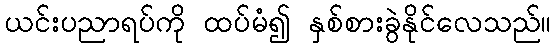
ယင်းပညာရပ်ကို ထပ်မံ၍ နှစ်စားခွဲနိုင်လေသည်။